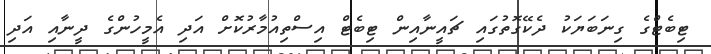
ޓިބެޓްގެ ގިނަބަޔަކު ދެކޭގޮތުގައި ޗައީނާއިން ޓިބެޓް އިސްތިއުމާރުކޮށް އަދި އެމީހުންގެ ދީނާއި އަދި